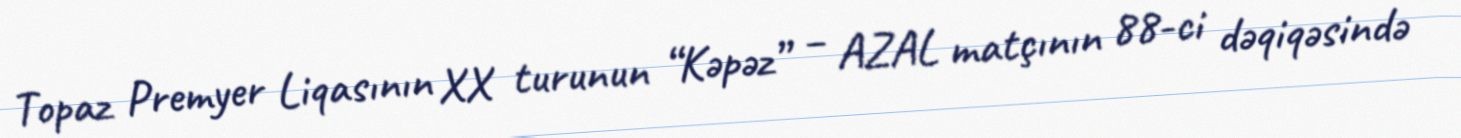
Topaz Premyer Liqasının XX turunun “Kəpəz” – AZAL matçının 88-ci dəqiqəsində